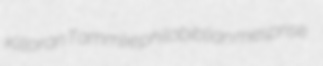
Killoran Tammlie philobiblian mesprise